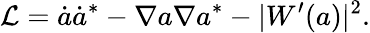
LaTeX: {\cal L}=\dot{a}\dot{a}^{\ast}-\nabla a\nabla a^{\ast}-|W^{\prime}(a)|^{2}.